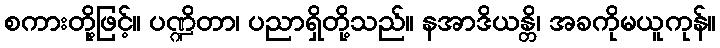
စကားတို့ဖြင့်။ ပဏ္ဍိတာ၊ ပညာရှိတို့သည်။ နအာဒိယန္တိ၊ အခကိုမယူကုန်။